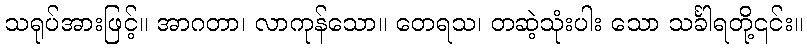
သရုပ်အားဖြင့်။ အာဂတာ၊ လာကုန်သော။ တေရသ၊ တဆဲ့သုံးပါး သော သင်္ခါရတို့၎င်း။